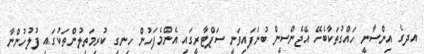
އދގެ އިންސާނީ ހައްގުތަކާބެހޭ އޭޖެންސީން ބުނެފައިވަނީ ސަޕްޓާރީގައި އެންމެފަހުން ހިނގި ކުރިމަތިލުންތަކުގައި ފުލުހުންނާ